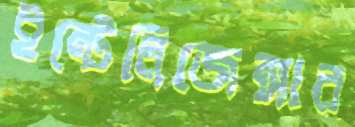
ইন্টেলিজেন্সার